system: You are a helpful assistant.
user:
Analyze the provided spectrum to determine if it is a **"Cataclysmic Variables (CV)"**.

- **Key Indicators for CV (Check for either state):**
    - **State 1: Quiescent / Low-State (Emission-Dominated)**
        - **(Primary):** Strong and *very broad* Hydrogen Balmer emission lines (e.g., $H\alpha$ at 6563 Å, $H\beta$ at 4861 Å). The 'broadness' (high velocity dispersion, often FWHM > 1000 km/s) is the key diagnostic, indicating a high-velocity accretion disk.
        - **(Secondary):** Broad neutral Helium (He I) emission lines (e.g., 5876 Å, 6678 Å).
        - **(Key Confirmation):** Presence of high-excitation *ionized* Helium (He II) emission at 4686 Å. This is a strong indicator of accretion onto a white dwarf.
        - **(Line Profile):** Emission lines may exhibit a 'double-peaked' profile, which is a classic signature of a rotating accretion disk viewed at high inclination.

    - **State 2: Outburst / High-State (Absorption-Dominated)**
        - **(Primary):** Spectrum is dominated by a bright, blue continuum (looks like a hot star).
        - **(Secondary):** The emission lines from State 1 are weak, absent, or 'filled in', and are replaced by broad, shallow *absorption* lines (primarily Balmer and He I).
        - **(Morphology):** The overall spectrum mimics a hot B/A-type star. The crucial difference is that the absorption lines are significantly broader, shallower, and more 'washed-out' (or 'smeared') than the sharp lines of a normal stellar photosphere, due to high rotational speeds and pressure broadening in the disk.

Think first, call **spectral_visualization_tool** if needed to examine features in detail, then provide your final answer. Your response must adhere to the following strict rules:
1.  **Overall Structure:** Your response must follow the format `<think>...</think> <tool_call>...</tool_call> (if a tool is used) <answer>...</answer>`.
2.  **Tool Usage Constraint:** You may only make **one** tool call per turn.
3.  **Final Answer Format:** In the `<answer>` tag, your conclusion must be inside a `\boxed{}` command (e.g., `\boxed{YES}`), followed by your justification.

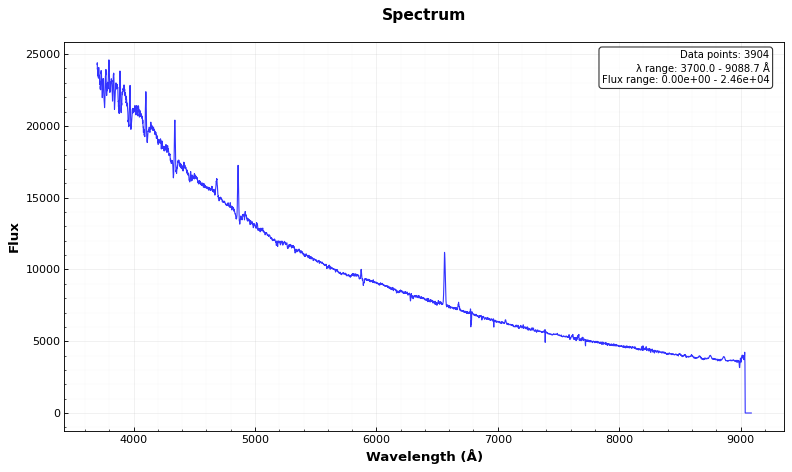
Answer: YES